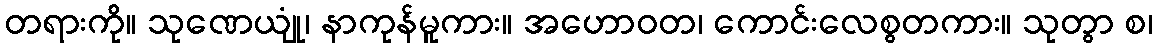
တရားကို။ သုဏေယျုံ၊ နာကုန်မူကား။ အဟောဝတ၊ ကောင်းလေစွတကား။ သုတွာ စ၊